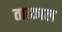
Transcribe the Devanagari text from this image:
तात्काल